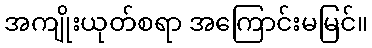
အကျိုးယုတ်စရာ အကြောင်းမမြင်။